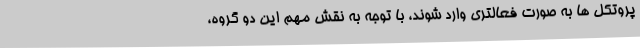
پروتکل ها به صورت فعالتری وارد شوند، با توجه به نقش مهم این دو گروه،